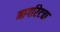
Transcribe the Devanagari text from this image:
मार्गारेटचा